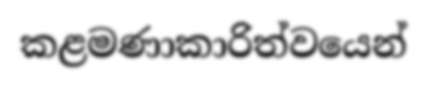
කළමණාකාරිත්වයෙන්